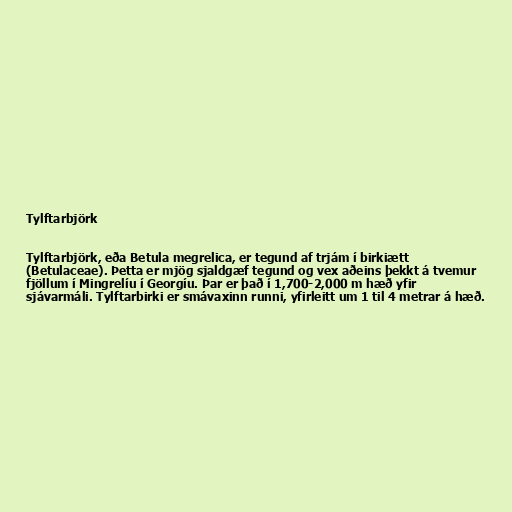
Tylftarbjörk

Tylftarbjörk, eða Betula megrelica, er tegund af trjám í birkiætt
(Betulaceae). Þetta er mjög sjaldgæf tegund og vex aðeins þekkt á tvemur
fjöllum í Mingrelíu í Georgíu. Þar er það í 1,700-2,000 m hæð yfir
sjávarmáli. Tylftarbirki er smávaxinn runni, yfirleitt um 1 til 4 metrar á hæð.